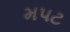
મપટ